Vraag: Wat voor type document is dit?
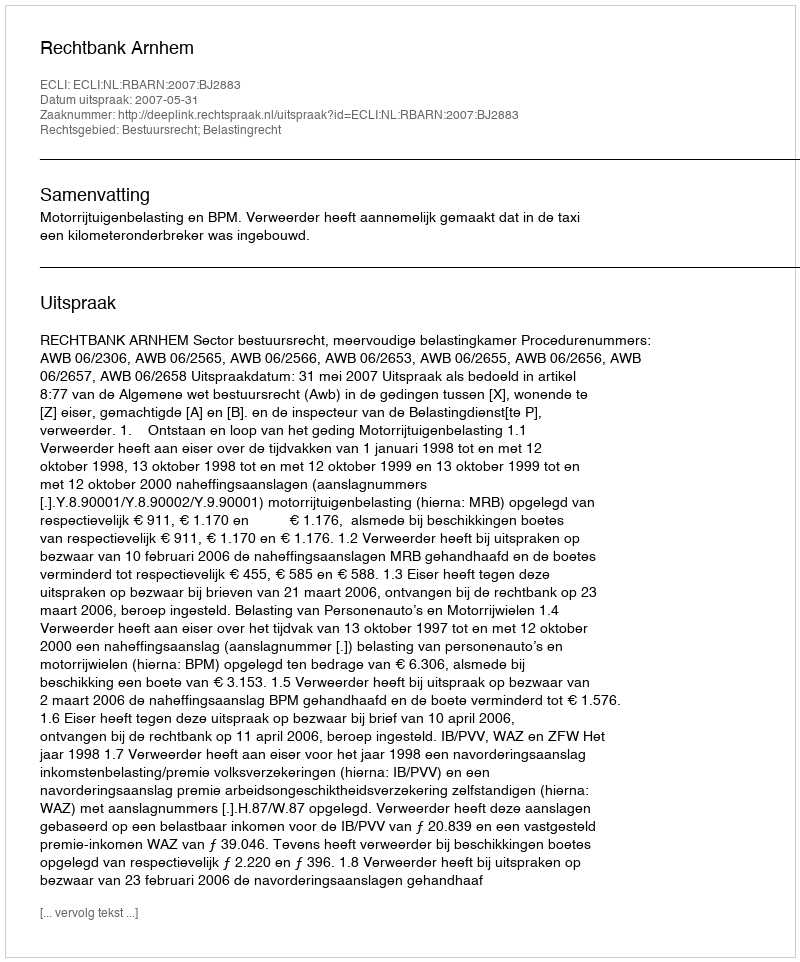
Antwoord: Uitspraak